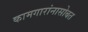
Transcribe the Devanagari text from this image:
कामगारांनासोबत